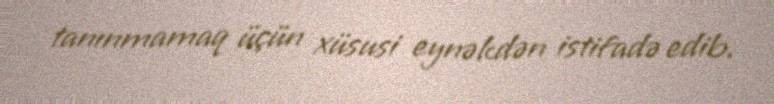
tanınmamaq üçün xüsusi eynəkdən istifadə edib.